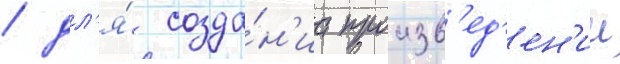
/ дл'я́ созда́н'иа произв'ед'ен'ии